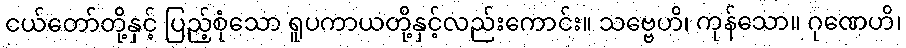
ငယ်တော်တို့နှင့် ပြည့်စုံသော ရူပကာယတို့နှင့်လည်းကောင်း။ သဗ္ဗေဟိ၊ ကုန်သော။ ဂုဏေဟိ၊